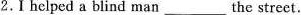
2. I helped a blind man ___ the street.